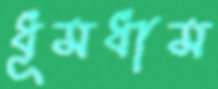
ধূমধাম